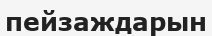
пейзаждарын